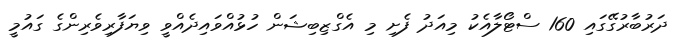
ދަރުބާރުގޭގައި 160 ސްޓޯލާއެކު މިއަދު ފެށި މި އެގްޒިބިޝަން ހުޅުއްވައިދެއްވީ ވިޔަފާރިވެރިންގެ ގައުމީ